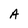
Character: A